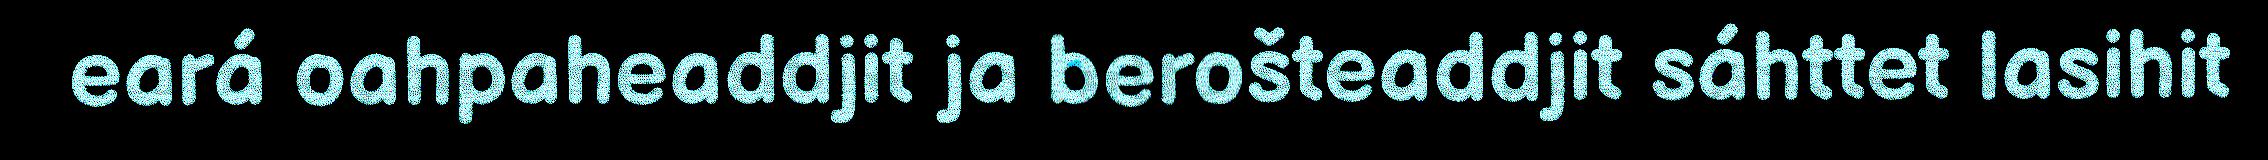
eará oahpaheaddjit ja berošteaddjit sáhttet lasihit